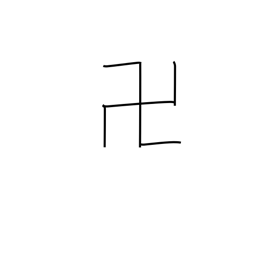
Meaning: gammadion